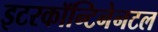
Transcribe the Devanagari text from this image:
इटरकॉन्टिनेनटल